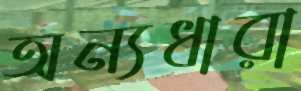
অন্যধারা